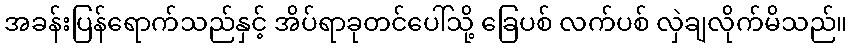
အခန်းပြန်ရောက်သည်နှင့် အိပ်ရာခုတင်ပေါ်သို့ ခြေပစ် လက်ပစ် လှဲချလိုက်မိသည်။